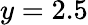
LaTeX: y=2.5